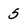
Character: 5